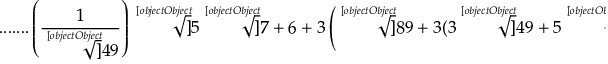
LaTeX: { \mathrm { . . . . . . . } } \left( { \frac { 1 } { \sqrt [ [object Object] ] { 4 9 } } } \right) { \sqrt [ [object Object] ] { 5 { \sqrt [ [object Object] ] { 7 } } + 6 + 3 \left( { \sqrt [ [object Object] ] { 8 9 + 3 ( 3 { \sqrt [ [object Object] ] { 4 9 } } + 5 { \sqrt [ [object Object] ] { 7 } } ) } } + { \sqrt [ [object Object] ] { 2 5 + 3 ( 3 { \sqrt [ [object Object] ] { 4 9 } } + 5 { \sqrt [ [object Object] ] { 7 } } ) } } \right) } }